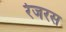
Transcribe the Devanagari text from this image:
रेजरस